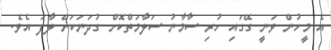
އެ މީހުން ވަނީ ގޭގައި ހުރި ސާމާނު ސަލާމަތްކޮށް ގުދަނަކަށް ލާފަ އެވެ.